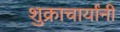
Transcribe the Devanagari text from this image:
शुक्राचार्यांनी